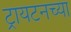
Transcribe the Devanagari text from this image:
ट्रायटनच्या